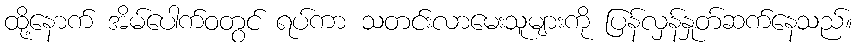
ထို့နောက် အိမ်ပေါက်ဝတွင် ရပ်ကာ သတင်းလာမေးသူများကို ပြန်လှန်နှုတ်ဆက်နေသည်။